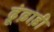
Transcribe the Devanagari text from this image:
ढ़ूंढ़ाड़ी